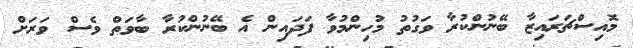
މޮއިސްޗަރައިޒާ ބޭނުންކުރާ ވަގުތު މުހިންމުވާ ފަދައިން އެ ބޭނުންކުރާ ބާވަތް ވެސް ވަރަށް